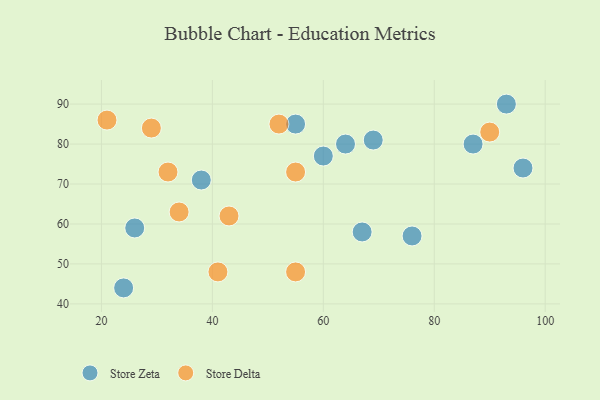
{"axis": {"x": "GDP", "y": "Life Expectancy"}, "legend": ["Store Delta", "Store Zeta"], "data": [{"x": "60", "y": 77, "type": "Store Zeta"}, {"x": "69", "y": 81, "type": "Store Zeta"}, {"x": "64", "y": 80, "type": "Store Zeta"}, {"x": "55", "y": 85, "type": "Store Zeta"}, {"x": "38", "y": 71, "type": "Store Zeta"}, {"x": "26", "y": 59, "type": "Store Zeta"}, {"x": "76", "y": 57, "type": "Store Zeta"}, {"x": "93", "y": 90, "type": "Store Zeta"}, {"x": "24", "y": 44, "type": "Store Zeta"}, {"x": "96", "y": 74, "type": "Store Zeta"}, {"x": "67", "y": 58, "type": "Store Zeta"}, {"x": "87", "y": 80, "type": "Store Zeta"}, {"x": "34", "y": 63, "type": "Store Delta"}, {"x": "32", "y": 73, "type": "Store Delta"}, {"x": "43", "y": 62, "type": "Store Delta"}, {"x": "55", "y": 48, "type": "Store Delta"}, {"x": "55", "y": 73, "type": "Store Delta"}, {"x": "52", "y": 85, "type": "Store Delta"}, {"x": "90", "y": 83, "type": "Store Delta"}, {"x": "29", "y": 84, "type": "Store Delta"}, {"x": "41", "y": 48, "type": "Store Delta"}, {"x": "21", "y": 86, "type": "Store Delta"}]}